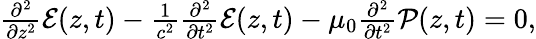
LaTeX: \begin{array}{r}{\frac{\partial^{2}}{\partial z^{2}}\mathcal{E}(z,t)-\frac{1}{c^{2}}\frac{\partial^{2}}{\partial t^{2}}{\mathcal{E}}(z,t)-\mu_{0}\frac{\partial^{2}}{\partial t^{2}}{\mathcal{P}}(z,t)=0,}\end{array}